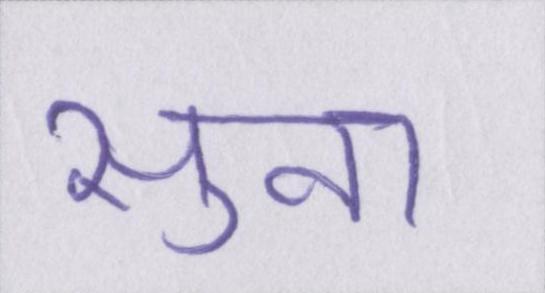
सुना